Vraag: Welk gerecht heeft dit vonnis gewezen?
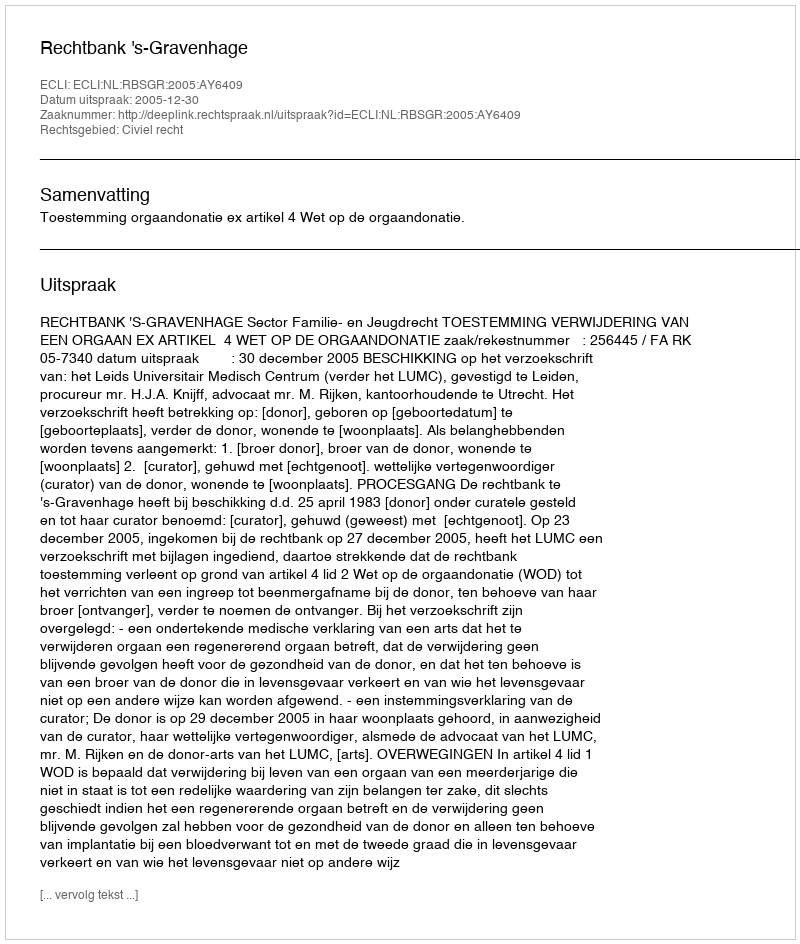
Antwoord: Rechtbank 's-Gravenhage